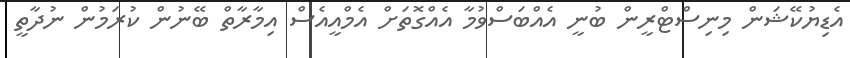
އެޑިޔުކޭޝަން މިނިސްޓްރީން ބުނީ އެއްބަސްވުމާ އެއްގޮތަށް އެމްއީއެސް އިމާރާތް ބޭނުން ކުރަމުން ނުދާތީ